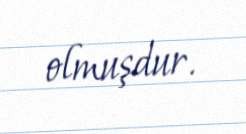
olmuşdur.